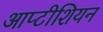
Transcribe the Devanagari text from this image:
आप्टीशियन